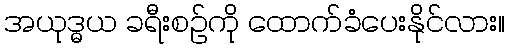
အယုဒ္ဓယ ခရီးစဉ်ကို ထောက်ခံပေးနိုင်လား။